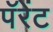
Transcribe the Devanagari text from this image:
पॅरेंट